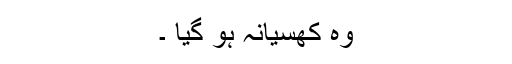
وہ کھسیانہ ہو گیا ۔